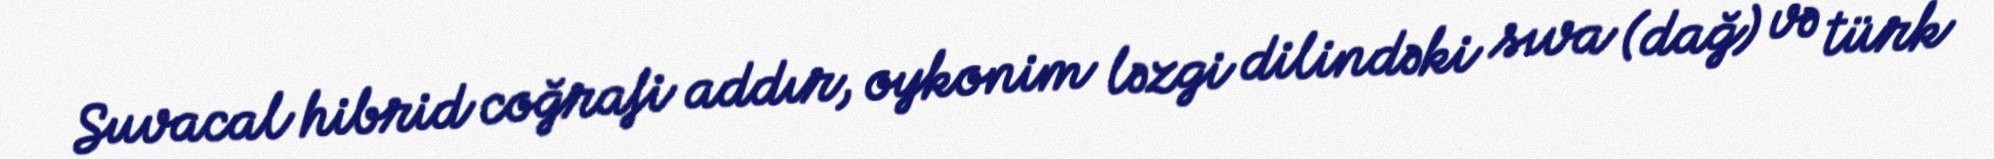
Suvacal hibrid coğrafi addır, oykonim ləzgi dilindəki sıva (dağ) və türk